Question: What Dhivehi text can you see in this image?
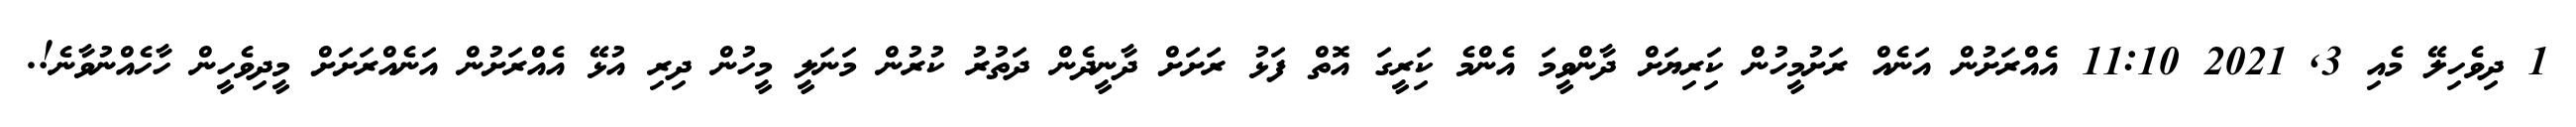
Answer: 1 ދިވެހިލޭ މެއި 3, 2021 11:10 އެއްރަށުން އަނެއް ރަށުމީހުން ކަިރިޔަށް ދާންވީމަ އެންމެ ކަިރީގަ އޮތް ފަޅު ރަށަށް ދާނީދެން ދަތުރު ކުރުން މަނަލީ މީހުން ދިރި އުޅޭ އެއްރަށުން އަނެއްރަށަށް މީދިވެހީން ހާހެއްނުވާނެ!.